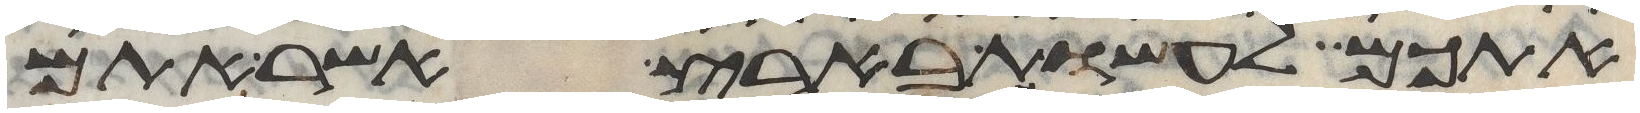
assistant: אתכם לעשות בארץ אשר אתם